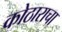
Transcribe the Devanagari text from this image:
कोठाराचा